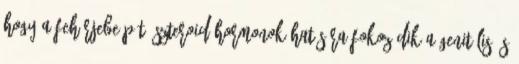
hogy a fehérjebeépítő szteroid-hormonok hatására fokozódik a genitális és